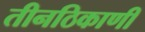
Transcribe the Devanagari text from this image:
तीनठिकाणी